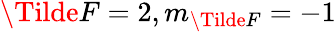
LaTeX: \Tilde{F}=2,m_{\Tilde{F}}=-1